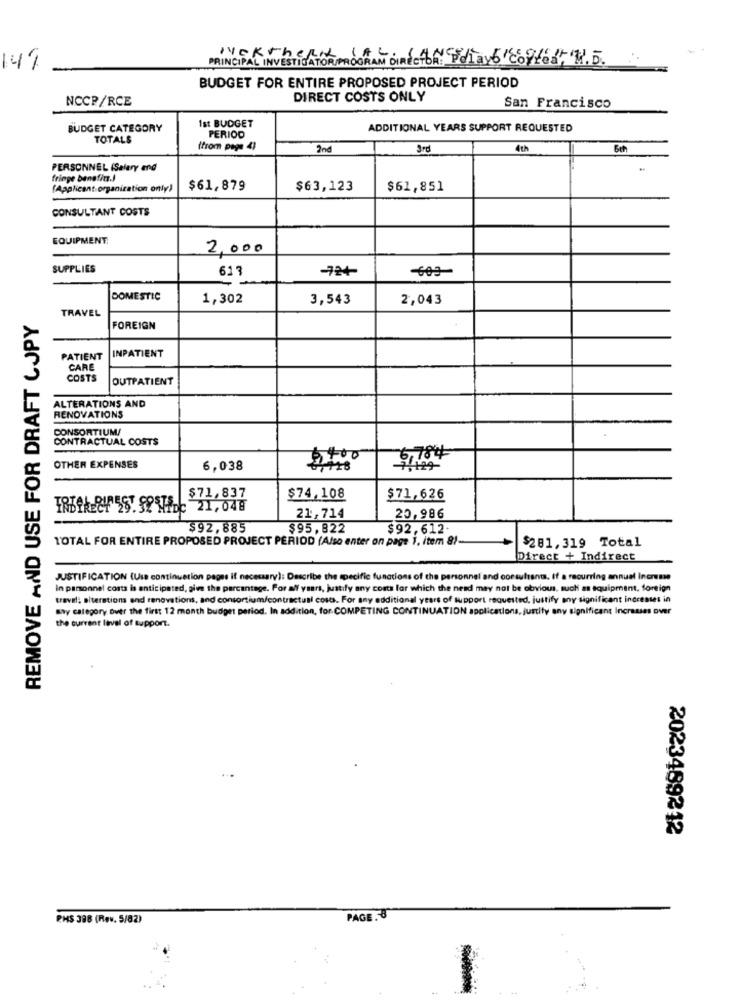
PRINCIPAL INVESTIGATOR PROGRAM DIRECTOR: Pelayo CONted, W.D.
Nekthere in
149
BUDGET FOR ENTIRE PROPOSED PROJECT PERIOD
NCCP/RCE
DIRECT COSTS ONLY
San Francisco
1st BUDGET
BUDGET CATEGORY
ADDITIONAL YEARS SUPPORT REQUESTED
TOTALS
PERIOD
(from page 4)
2nd
3rd
4th
PERSONNEL (Salary end
fringe benefit .!
(Applicant organization only)
$61,879
$63,123
$61,851
CONSULTANT COSTS
EQUIPMENT:
2,000
SUPPLIES
613
-72+
-603
DOMESTIC
1,302
3,543
2,043
REMOVE AND USE FOR DRAFT COPY
TRAVEL
FOREIGN
INPATIENT
PATIENT
CARE
COSTS
OUTPATIENT
ALTERATIONS AND
RENOVATIONS
CONSORTIUM/
CONTRACTUAL COSTS
$400
6,784
OTHER EXPENSES
6,038
$71,837
$74,108
$71,626
TREfkEGY 2S.SI WIDC 21,048
21,714
20,986
$92,885
$95,822
$92,612.
TOTAL FOR ENTIRE PROPOSED PROJECT PERIOD (Also enter on page 1, item 8).
$281,319 Total
Direct + Indirect
JUSTIFICATION (Usa continuation pages if necessary): Describe the specific functions of the personnel and consultants. If a recurring annual increme
In personnel costs is anticipated, give the percentage. For aff yaars, justify any costs for which the nead may not be obvious, such as equipment, foreign
travel; aiterations and renovations, and consortium/contractual costs. For any additional years of support requested, justify any significant increases in
Sty category Over the first 12 month budget period. In addition, for COMPETING CONTINUATION applications, justify any significant Increases over
the current level of support.
2023489212
PHS 388 (Rev. 5/82)
PAGE .8